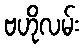
ဗဟိုလမ်း